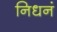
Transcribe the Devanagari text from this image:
निधनं